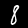
Digit: 8